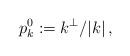
LaTeX: \begin{align*}p^0_k:= k^{\perp}/|k|\,,\end{align*}